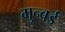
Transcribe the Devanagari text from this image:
मुन्बई